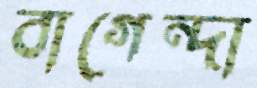
বাগেন্দা